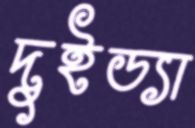
দুইড্যা